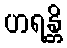
ဟရန္တိ